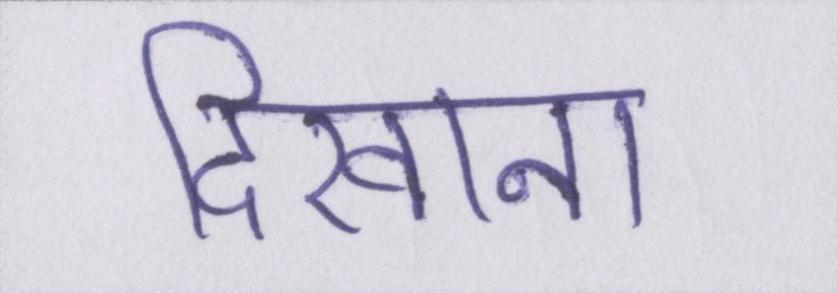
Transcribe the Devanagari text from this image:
दिखाना